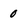
Character: 0